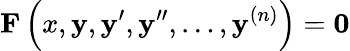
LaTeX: \mathbf{F}\left(x,\mathbf{y},\mathbf{y}^{\prime},\mathbf{y}^{\prime\prime},\ldots,\mathbf{y}^{(n)}\right)={\boldsymbol{0}}